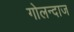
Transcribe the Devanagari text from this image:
गोलन्दाज